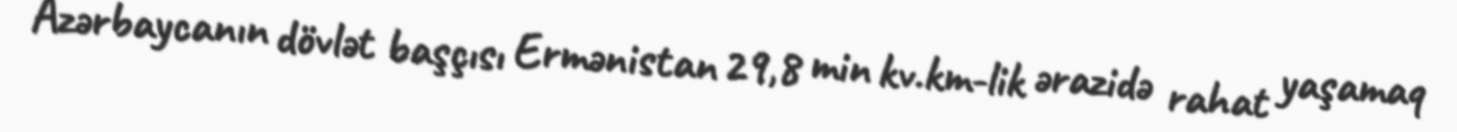
Azərbaycanın dövlət başçısı Ermənistan 29,8 min kv.km-lik ərazidə rahat yaşamaq